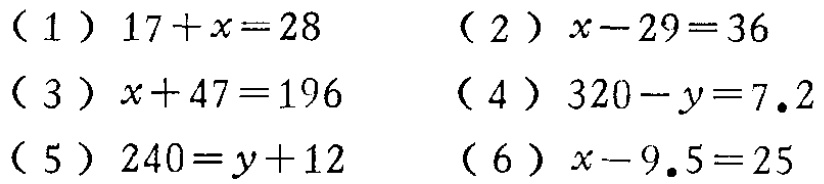
（1）\(17 + x = 28\)  （2）\(x - 29 = 36\)

（3）\(x + 47 = 196\)  （4）\(320 - y = 7.2\)

（5）\(240 = y + 12\)  （6）\(x - 9.5 = 25\)